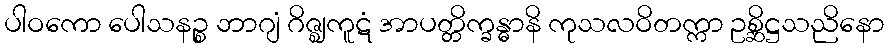
ပါဝကော ပေါသနဉ္စ ဘာဂျံ ဂိဇ္ဈကူဋံ အာပတ္တိက္ခန္ဓာနိ ကုသလဝိတက္ကာ ဥစ္ဆိဋ္ဌသညိနော